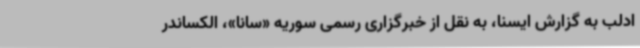
ادلب به گزارش ایسنا، به نقل از خبرگزاری رسمی سوریه «سانا»، الکساندر